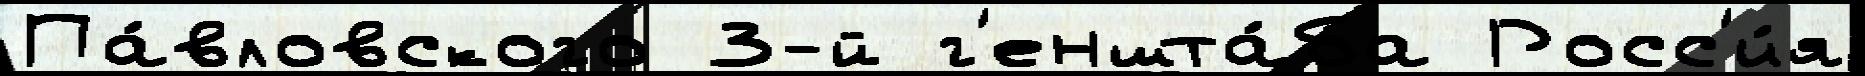
Па́вловского 3-й г'еншта́ба Росс'и́я